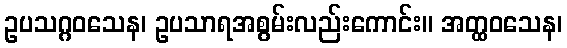
ဥပသဂ္ဂဝသေန၊ ဥပသာရအစွမ်းလည်းကောင်း။ အတ္ထဝသေန၊